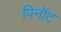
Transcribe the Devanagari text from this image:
पिनॉट